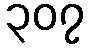
၃၀၇